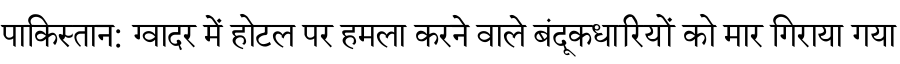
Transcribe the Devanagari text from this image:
पाकिस्तान: ग्वादर में होटल पर हमला करने वाले बंदूकधारियों को मार गिराया गया